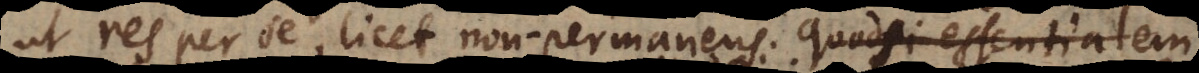
ut res per se, licet non‐permanens. Quodsi essentialem